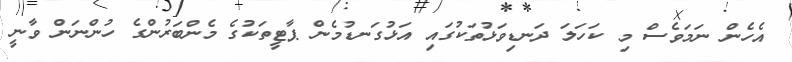
އެހެން ނަމަވެސް މި ކަހަލަ ދަނޑިވަޅުތަކުގައި އަޅުގަނޑުމެން ޕާޓީތަކުގެ މެންބަރުންގެ ހުންނަން ވާނީ